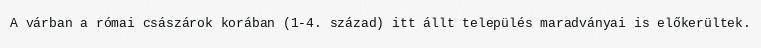
A várban a római császárok korában (1-4. század) itt állt település maradványai is előkerültek.